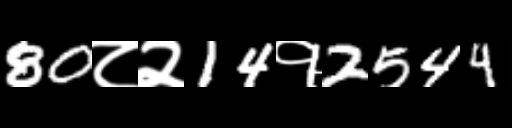
Text: 80८२14१2544